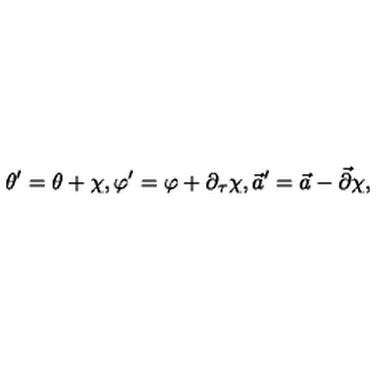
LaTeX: \theta ^ { \prime } = \theta + \chi , \varphi ^ { \prime } = \varphi + \partial _ { \tau } \chi , \vec { a } ^ { \prime } = \vec { a } - \vec { \partial } \chi ,